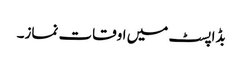
بڈاپسٹ میں اوقات نماز۔